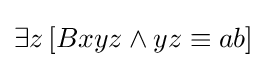
\exists z\,[Bxyz\land yz\equiv ab]